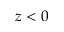
z < 0